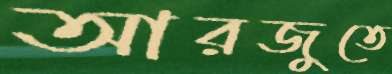
আরজুতে